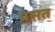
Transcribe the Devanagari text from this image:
प्रसत